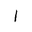
Letter: _alif